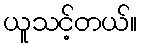
ယူသင့်တယ်။